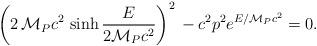
LaTeX: \begin{align*} \left(2\,{\cal M}_P c^2\,\sinh \frac{E}{2{\cal M}_P c^2}\right)^2\, -c^2p^2 e^{E/{\cal M}_Pc^2} =0.\end{align*}